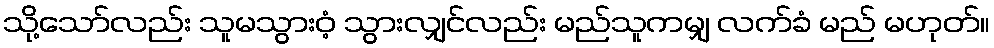
သို့သော်လည်း သူမသွားဝံ့ သွားလျှင်လည်း မည်သူကမျှ လက်ခံ မည် မဟုတ်။